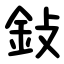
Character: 鈙